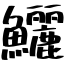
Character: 鱺